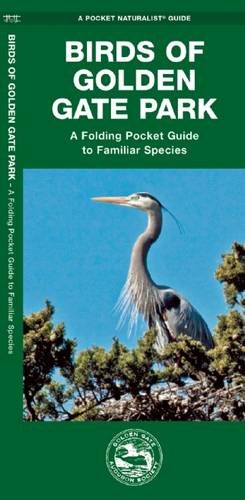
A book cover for Birds of Golden Gate Park; Golden Gate Audubon Society; Travel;